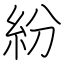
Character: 紛